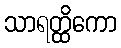
သာရတ္ထိကော